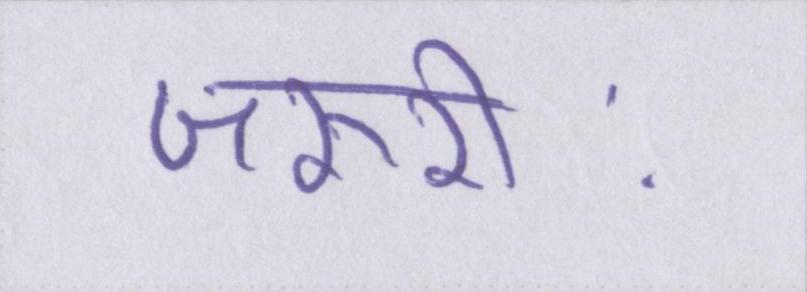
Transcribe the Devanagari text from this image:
जरूरीः